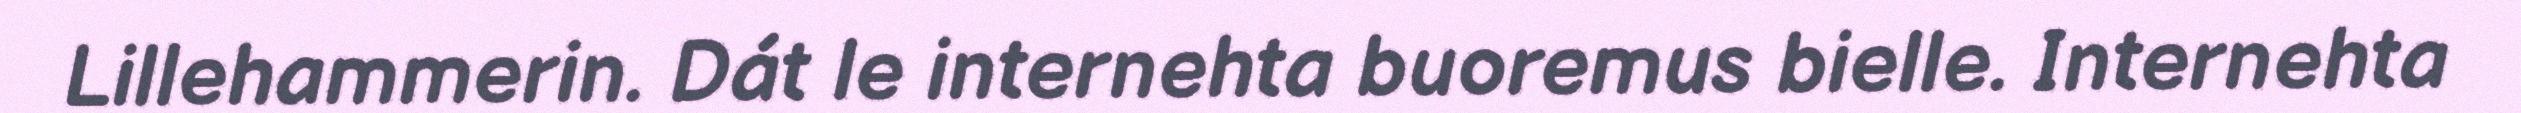
Lillehammerin. Dát le internehta buoremus bielle. Internehta